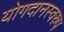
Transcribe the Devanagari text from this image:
योगदानस्वरुप